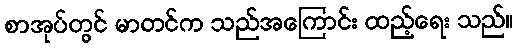
စာအုပ်တွင် မာတင်က သည်အကြောင်း ထည့်ရေး သည်။